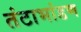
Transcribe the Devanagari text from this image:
तंटाभांडण